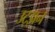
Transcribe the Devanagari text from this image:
उट्झन